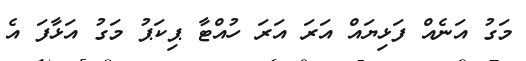
މަގު އަނެއް ފަޅިޔައް އަރަ އަރަ ހުއްޓާ ޕިކަޕު މަގު އަޅާފަ އެ